system: You are a helpful assistant.
user:
Analyze the provided spectrum to determine if it is a **M-type Giant (gM)**.

A M-type Giant spectrum is defined by its **strong molecular absorption** features, particularly from **Titanium Oxide (TiO)**. You must check for one of the following mutually exclusive signatures:

- **Key Visual Indicators (Absorption-Dominated Spectrum):**

    - **(Primary):** The spectrum is dominated by strong molecular absorption from **Titanium Oxide (TiO)**. This is the **defining feature** of its M-type temperature class.
        - **(Key Bandheads):** Look for sharp, "saw-tooth" absorption valleys. The strongest are located near **~7050 Å**, **~6160 Å**, and **~5170 Å**.
        - **(Line Profile):** The "saw-tooth" morphology is critical: a **sharp, steep drop on the BLUE (short-wavelength) side** of the bandhead, followed by a gradual recovery (rising flux) towards the RED (long-wavelength) side.

    - **(Key Confirmation - Giant vs. Dwarf):** **ABSENCE** of strong **Calcium Hydride (CaH)** molecular bands. This is the primary diagnostic for *excluding* M-dwarfs.
        - **(Key Region):** The spectrum should lack the strong, broad absorption band seen in dwarfs between **~6800 Å and ~7000 Å**.

    - **(Secondary Confirmation - Giant):** A very strong and broad **Neutral Calcium (Ca I)** atomic absorption line.
        - **(Key Line):** Located at **~4226 Å**. In a giant (gM), this line is significantly deeper and broader than the same line in an M-dwarf (dM) due to low surface gravity.

    - **(Overall Spectrum):**
        - The continuum is **extremely red-sloping** (i.e., flux is very low in the blue and rises dramatically towards the red).
        - The entire spectrum appears "chopped up" by the deep TiO bands.

Think first, call **spectral_visualization_tool** if needed to examine features in detail, then provide your final answer. Your response must adhere to the following strict rules:
1.  **Overall Structure:** Your response must follow the format `<think>...</think> <tool_call>...</tool_call> (if a tool is used) <answer>...</answer>`.
2.  **Tool Usage Constraint:** You may only make **one** tool call per turn.
3.  **Final Answer Format:** In the `<answer>` tag, your conclusion must be inside a `\boxed{}` command (e.g., `\boxed{YES}` or `\boxed{NO}`), followed by your justification.

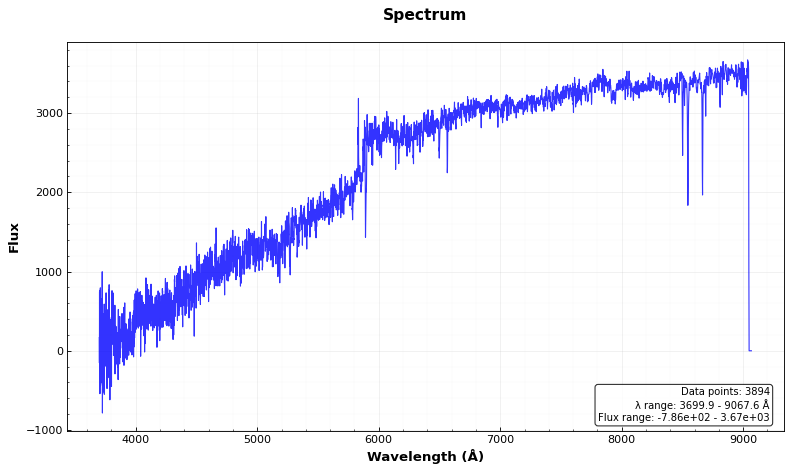
Answer: NO